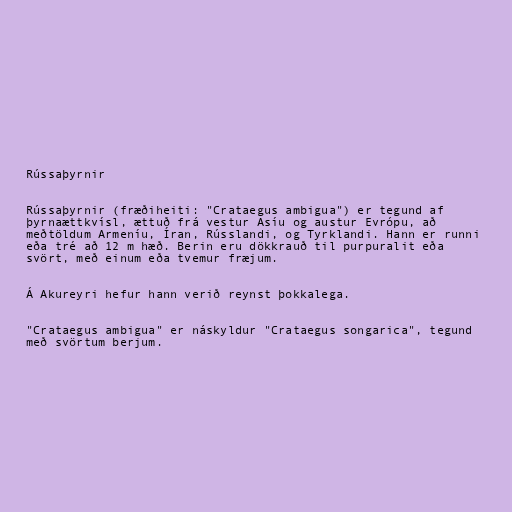
Rússaþyrnir

Rússaþyrnir (fræðiheiti: "Crataegus ambigua") er tegund af
þyrnaættkvísl, ættuð frá vestur Asíu og austur Evrópu, að
meðtöldum Armeníu, Íran, Rússlandi, og Tyrklandi. Hann er runni
eða tré að 12 m hæð. Berin eru dökkrauð til purpuralit eða
svört, með einum eða tvemur fræjum.

Á Akureyri hefur hann verið reynst þokkalega.

"Crataegus ambigua" er náskyldur "Crataegus songarica", tegund
með svörtum berjum.